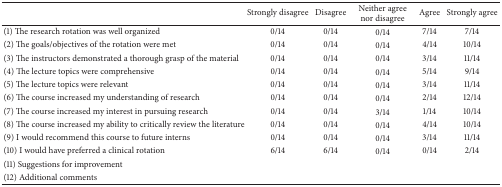
<table><thead><tr><td><b> </b></td><td><b>Strongly disagree</b></td><td><b>Disagree</b></td><td><b>Neither agree nor disagree</b></td><td><b>Agree</b></td><td><b>Strongly agree</b></td></tr></thead><tbody><tr><td>(1) The research rotation was well organized</td><td>0/14</td><td>0/14</td><td>0/14</td><td>7/14</td><td>7/14</td></tr><tr><td>(2) The goals/objectives of the rotation were met</td><td>0/14</td><td>0/14</td><td>0/14</td><td>4/14</td><td>10/14</td></tr><tr><td>(3) The instructors demonstrated a thorough grasp of the material</td><td>0/14</td><td>0/14</td><td>0/14</td><td>3/14</td><td>11/14</td></tr><tr><td>(4) The lecture topics were comprehensive</td><td>0/14</td><td>0/14</td><td>0/14</td><td>5/14</td><td>9/14</td></tr><tr><td>(5) The lecture topics were relevant</td><td>0/14</td><td>0/14</td><td>0/14</td><td>3/14</td><td>11/14</td></tr><tr><td>(6) The course increased my understanding of research </td><td>0/14</td><td>0/14</td><td>0/14</td><td>2/14</td><td>12/14</td></tr><tr><td>(7) The course increased my interest in pursuing research</td><td>0/14</td><td>0/14</td><td>3/14</td><td>1/14</td><td>10/14</td></tr><tr><td>(8) The course increased my ability to critically review the literature</td><td>0/14</td><td>0/14</td><td>0/14</td><td>4/14</td><td>10/14</td></tr><tr><td>(9) I would recommend this course to future interns</td><td>0/14</td><td>0/14</td><td>0/14</td><td>3/14</td><td>11/14</td></tr><tr><td>(10) I would have preferred a clinical rotation</td><td>6/14</td><td>6/14</td><td>0/14</td><td>0/14</td><td>2/14</td></tr><tr><td>(11) Suggestions for improvement</td><td> </td><td> </td><td> </td><td> </td><td> </td></tr><tr><td>(12) Additional comments</td><td> </td><td> </td><td> </td><td> </td><td> </td></tr></tbody></table>